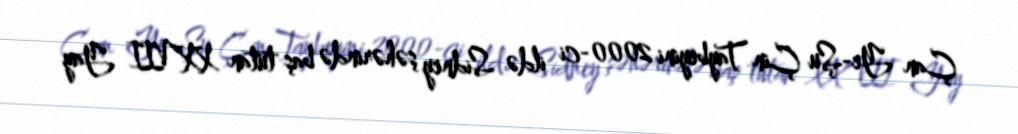
Çan Ye-Şu Çin Taybeyini 2000-ci ildə Sidney şəhərində baş tutan XXVII Yay